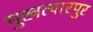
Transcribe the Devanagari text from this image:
मुखत्यारपुर